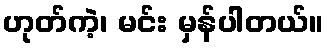
ဟုတ်ကဲ့၊ မင်း မှန်ပါတယ်။